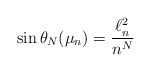
\begin{align*}\sin \theta_N(\mu_n)= \frac{\ell^2_n}{n^{N}}\end{align*}